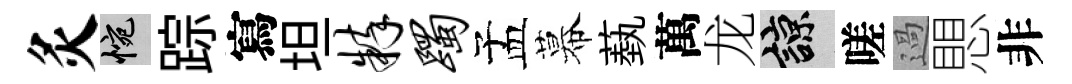
灸惋踪寫坦粹躅孟幕蓺萬龙諒嗟過愳非